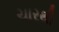
ચારથી